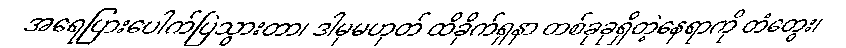
အရေပြားပေါက်ပြဲသွားတာ၊ ဒါမှမဟုတ် ထိခိုက်ရှနာ တစ်ခုခုရှိတဲ့နေရာကို တံတွေး၊